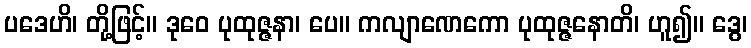
ပဒေဟိ၊ တို့ဖြင့်။ ဒုဝေ ပုထုဇ္ဇနာ၊ ပေ။ ကလျာဏေကော ပုထုဇ္ဇနောတိ၊ ဟူ၍။ ဒွေ၊